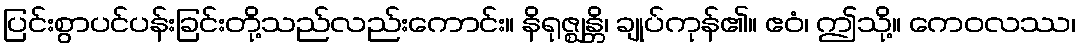
ပြင်းစွာပင်ပန်းခြင်းတို့သည်လည်းကောင်း။ နိရုဇ္ဈန္တိ၊ ချုပ်ကုန်၏။ ဧဝံ၊ ဤသို့။ ကေဝလဿ၊